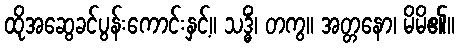
ထိုအဆွေခင်ပွန်းကောင်းနှင့်။ သဒ္ဓိံ၊ တကွ။ အတ္တနော၊ မိမိ၏။